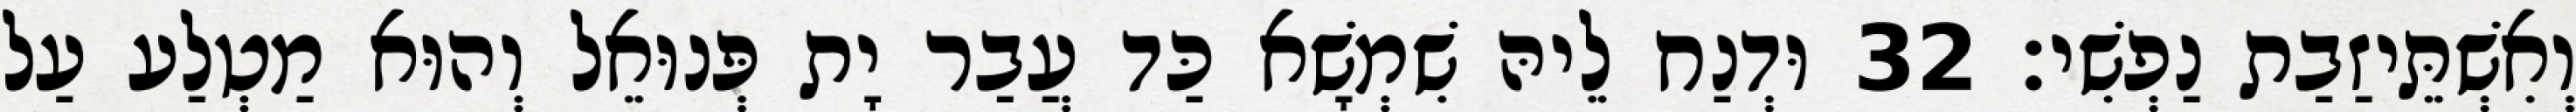
וְאִשְׁתֵּיזַבַת נַפְשִׁי׃ 32 וּדְנַח לֵיהּ שִׁמְשָׁא כַּד עֲבַר יָת פְּנוּאֵל וְהוּא מַטְלַע עַל